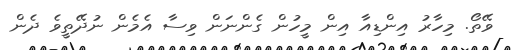
ވޭތޯ. މިހާރު އިންޑިއާ އިން މީހުން ގެންނަން ވިސާ އެމެން ނުދޭތީވެ ދެން